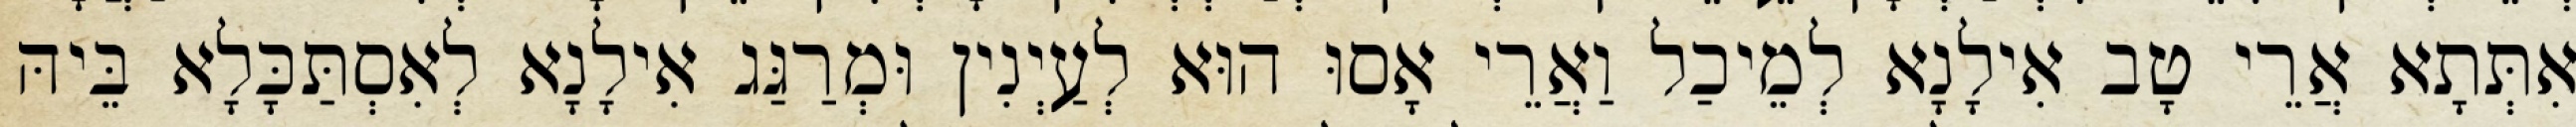
אִתְּתָא אֲרֵי טָב אִילָנָא לְמֵיכַל וַאֲרֵי אָסוּ הוּא לְעַיְנִין וּמְרַגַּג אִילָנָא לְאִסְתַּכָּלָא בֵּיהּ